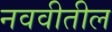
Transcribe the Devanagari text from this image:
नववीतील